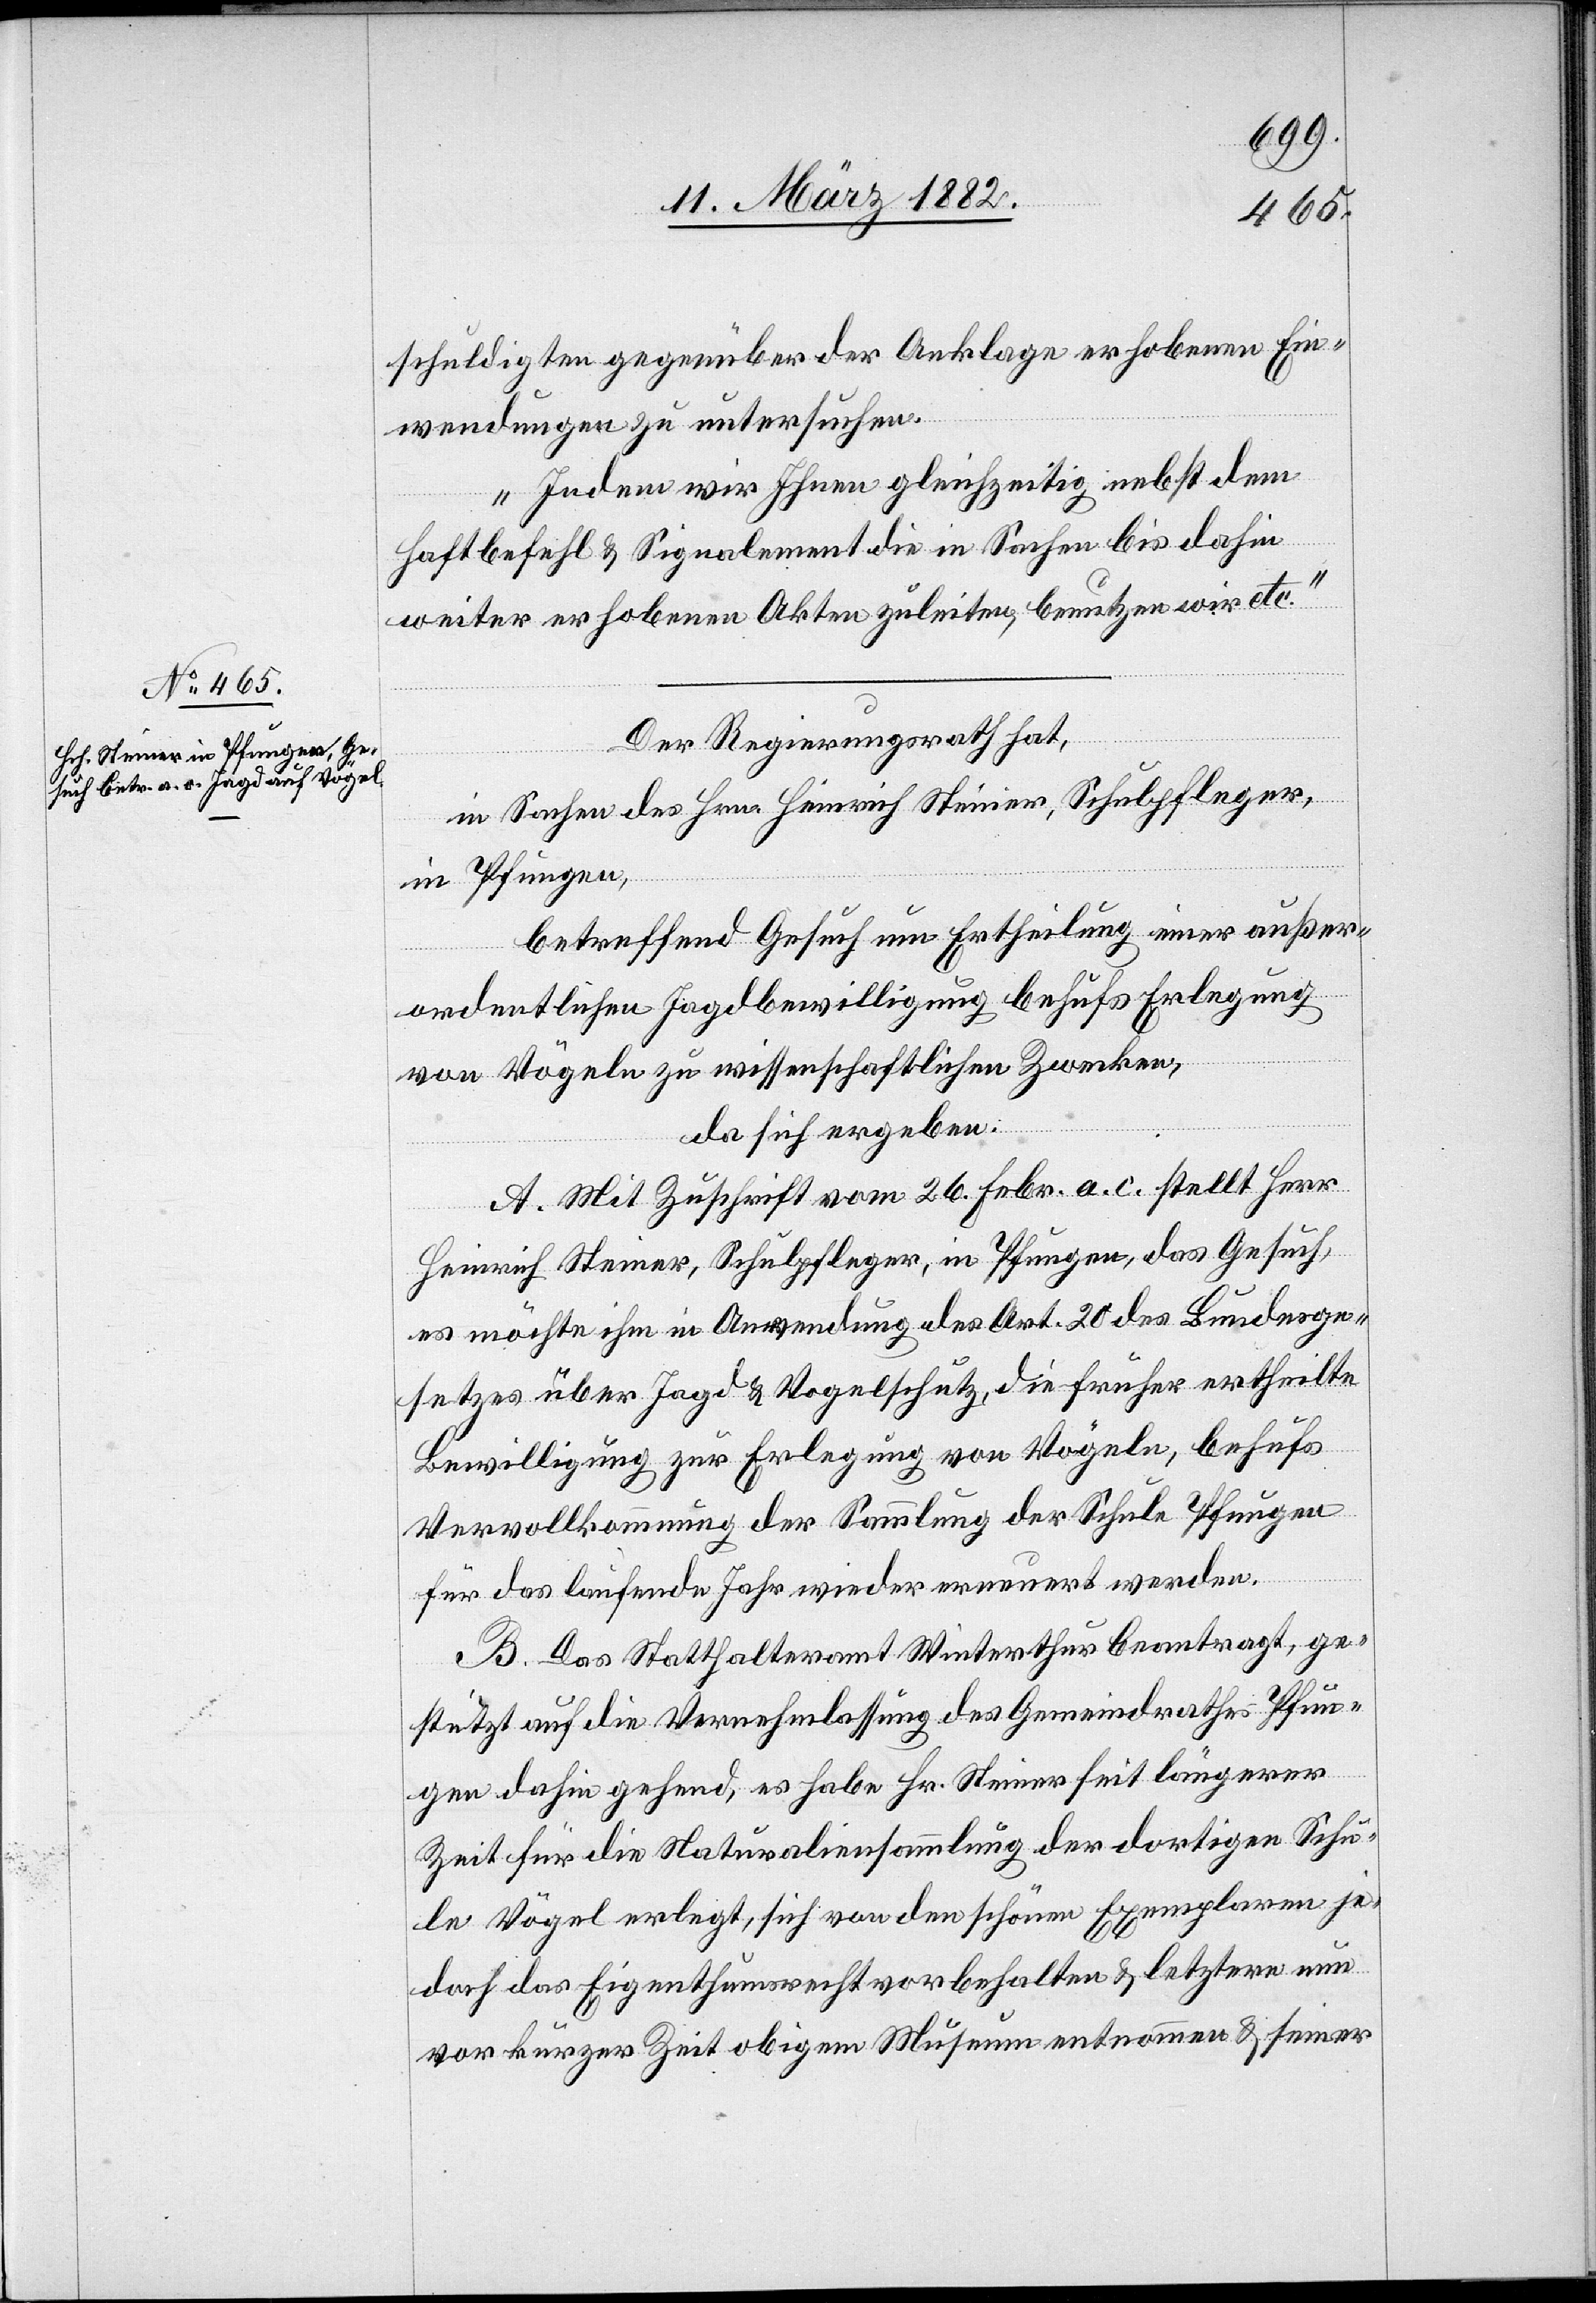
16. März 1882.]
schuldigten gegenüber der Anklage erhobenen Ein¬
wendungen zu untersuchen.
Indem wir Ihnen gleichzeitig nebst dem
Haftbefehl & Signalement die in Sachen bis dahin
weiter erhobenen Akten zuleiten, benutzen wir etc.“
Der Regierungsrath hat,
in Sachen des Hrn. Heinrich Steiner, Schulpfleger,
in Pfungen,
betreffend Gesuch um Ertheilung einer außer¬
ordentlichen Jagdbewilligung behufs Erlegung
von Vögeln zu wissenschaftlichen Zwecken,
da sich ergeben:
A. Mit Zuschrift vom 26. Febr. a. c. stellt Herr
Heinrich Steiner, Schulpfleger, in Pfungen, das Gesuch,
es möchten ihm in Anwendung des Art. 20 des Bundesge¬
setzes über Jagd & Vogelschutz, die früher ertheilte
Bewilligung zur Erlegung von Vögel, behufs
Vervollkommnung der Sammlung der Schule Pfungen
für das laufende Jahr wieder erneuert werden.
B. Das Statthalteramt Winterthur beantragt, ge¬
stützt auf die Vernehmlassung des Gemeindrathes Pfun¬
gen dahin gehend, es habe Hr. Steiner seit längerer
Zeit für die Naturaliensammlung der dortigen Schu¬
le Vögel erlegt, sich von den schönen Exemplaren je¬
doch das Eigenthumsrecht vorbehalten & letztere nur
vor kurzer Zeit obigem Museum entnommen & seiner